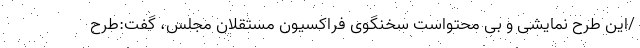
/این طرح نمایشی و بی محتواست سخنگوی فراکسیون مستقلان مجلس، گفت:طرح